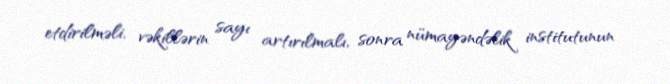
etdirilməli, vəkillərin sayı artırılmalı, sonra nümayəndəlik institutunun